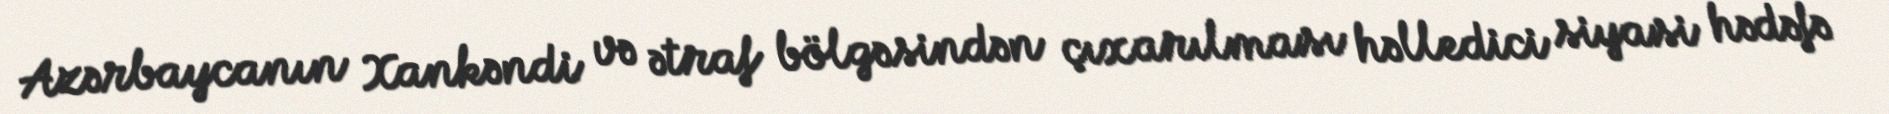
Azərbaycanın Xankəndi və ətraf bölgəsindən çıxarılması həlledici siyasi hədəfə